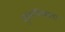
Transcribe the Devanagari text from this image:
मुख्याधिष्टाता